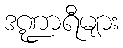
ဒဏ္ဍာရီများ